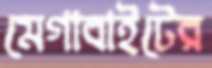
মেগাবাইটের